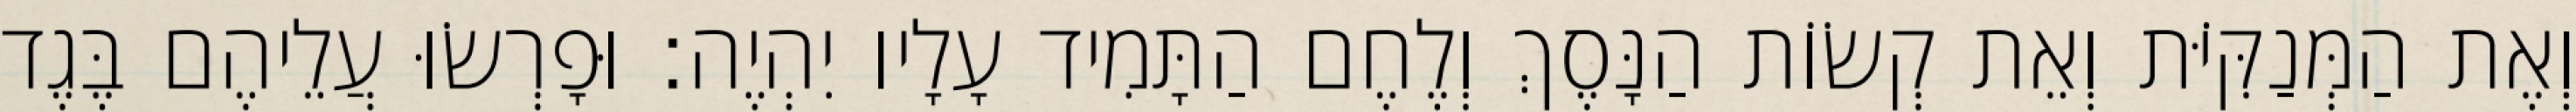
וְאֶת הַמְּנַקִּיֹּת וְאֵת קְשׂוֹת הַנָּסֶךְ וְלֶחֶם הַתָּמִיד עָלָיו יִהְיֶה׃ וּפָרְשׂוּ עֲלֵיהֶם בֶּגֶד